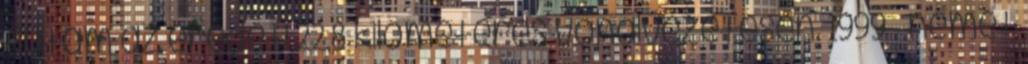
futam az eredeti 22,8 kilométeres vonalvezetésen. 1999 – német